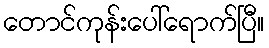
တောင်ကုန်းပေါ်ရောက်ပြီ။